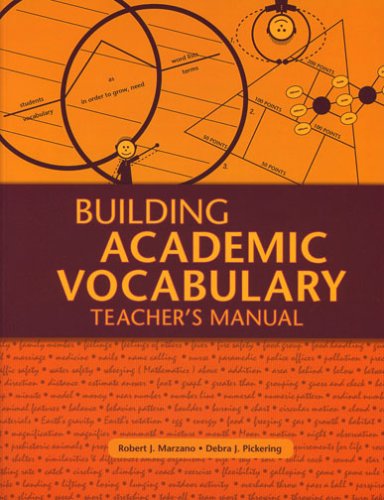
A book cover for Building Academic Vocabulary: Teacher's Manual (Professional Development); Robert J. Marzano; Reference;